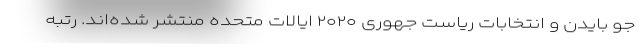
جو بایدن و انتخابات ریاست جهوری ۲۰۲۰ ایالات متحده منتشر شده‌اند. رتبه